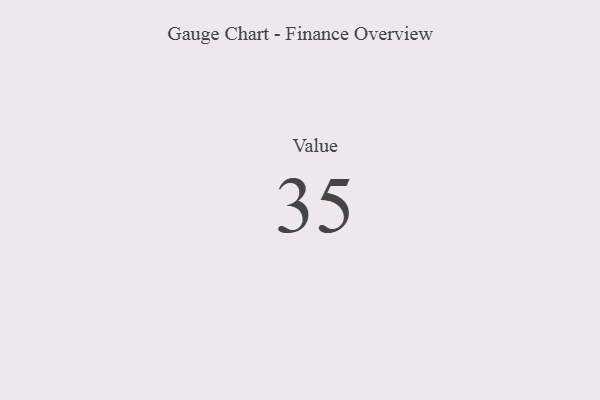
{"axis": {"x": "Metric", "y": "Value"}, "legend": [""], "data": [{"x": "Value", "y": 35, "type": ""}]}